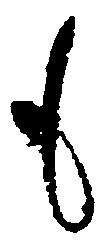
も